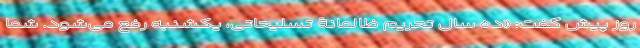
روز پیش گفت: «ده سال تحریم ظالمانۀ تسلیحاتی، یکشنبه رفع می‌شود. شما